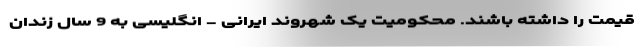
قیمت را داشته باشند. محکومیت یک شهروند ایرانی - انگلیسی به 9 سال زندان